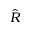
\hat { R }